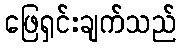
ဖြေရှင်းချက်သည်